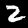
Label: 2